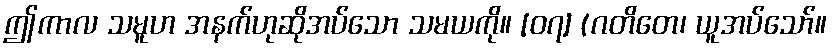
ဤကာလ သမူဟ အနက်ဟုဆိုအပ်သော သမယကို။ [၀၇] (ဂတိတေ၊ ယူအပ်သော်။